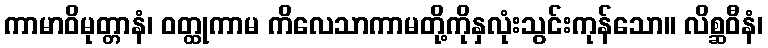
ကာမာဝိမုတ္တာနံ၊ ဝတ္ထုကာမ ကိလေသာကာမတို့ကိုနှလုံးသွင်းကုန်သော။ လိစ္ဆဝီနံ၊